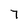
Character: 7